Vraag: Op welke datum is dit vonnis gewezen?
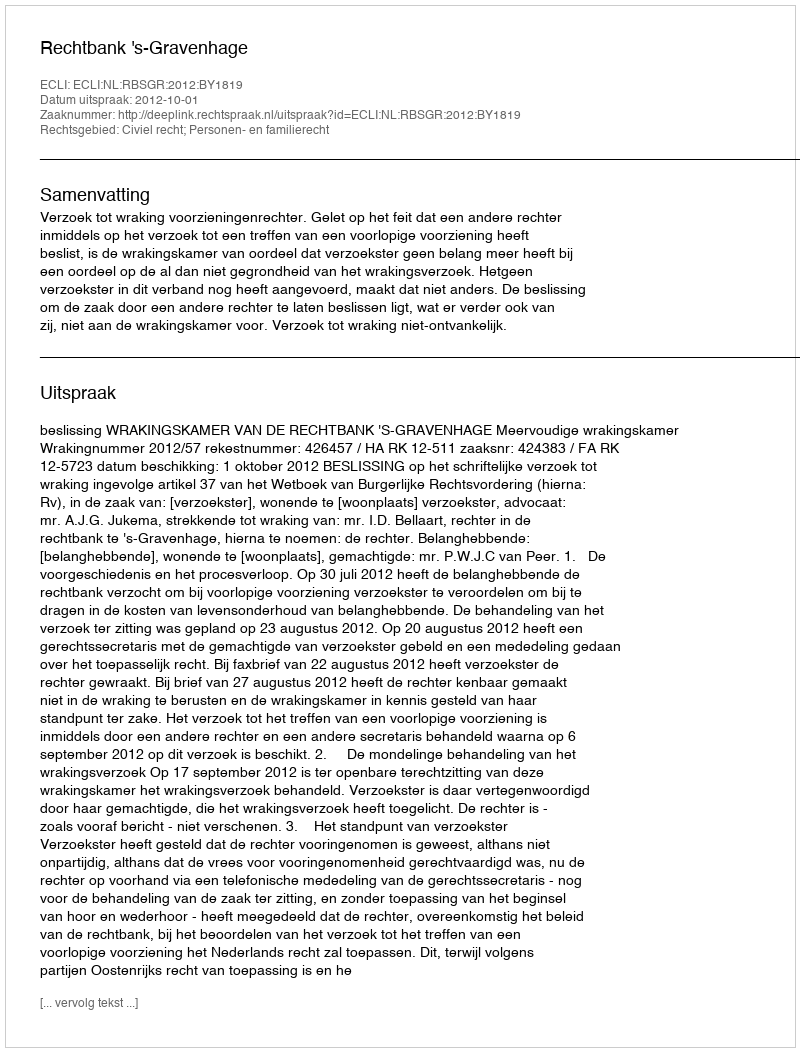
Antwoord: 2012-10-01